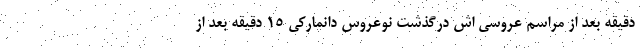
دقیقه بعد از مراسم عروسی اش درگذشت نوعروس دانمارکی 15 دقیقه بعد از